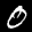
Label: 0